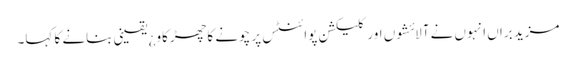
مزید براں انہوں نے آلائشوں اور کلیکشن پوائنٹس پر چونے کا چھڑکاو¿ یقینی بنانے کا کہا۔